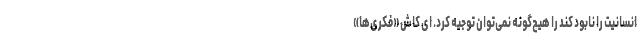
انسانیت را نابود کند را هیچ‌گونه نمی‌توان توجیه کرد. ای کاش «فکری‌ها»